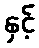
နှင့်